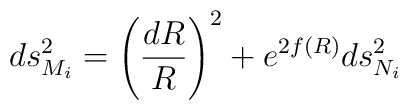
ds_{M_i}^2=\left({dR\over R}\right)^2+e^{2f(R)}ds_{N_i}^2